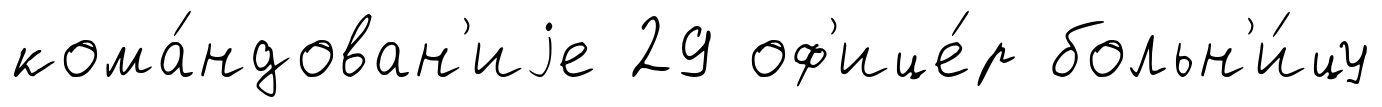
кома́ндован'иjе 29 оф'ице́р больн'и́цу